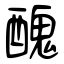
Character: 醜